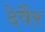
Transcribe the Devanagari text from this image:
देवैर